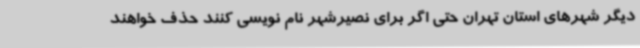
دیگر شهرهای استان تهران حتی اگر برای نصیرشهر نام نویسی کنند حذف خواهند